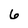
Character: 6